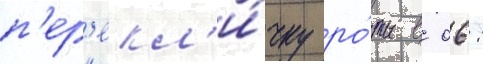
п'ер'екл'и́чку ро́ты в 06: